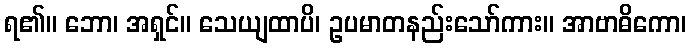
ရ၏။ ဘော၊ အရှင်။ သေယျထာပိ၊ ဥပမာတနည်းသော်ကား။ အာဗာဓိကော၊